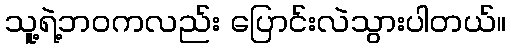
သူ့ရဲ့ဘဝကလည်း ပြောင်းလဲသွားပါတယ်။